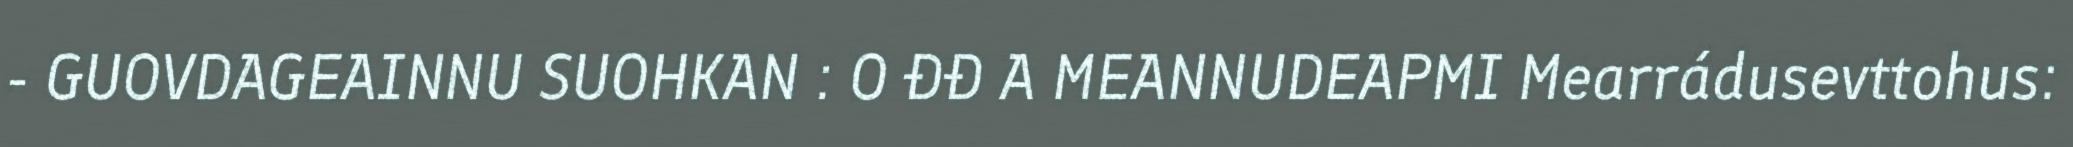
- GUOVDAGEAINNU SUOHKAN : O ĐĐ A MEANNUDEAPMI Mearrádusevttohus: